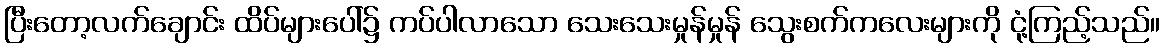
ပြီးတော့လက်ချောင်း ထိပ်များပေါ်၌ ကပ်ပါလာသော သေးသေးမှုန်မှုန် သွေးစက်ကလေးများကို ငုံ့ကြည့်သည်။